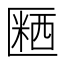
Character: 𪟱